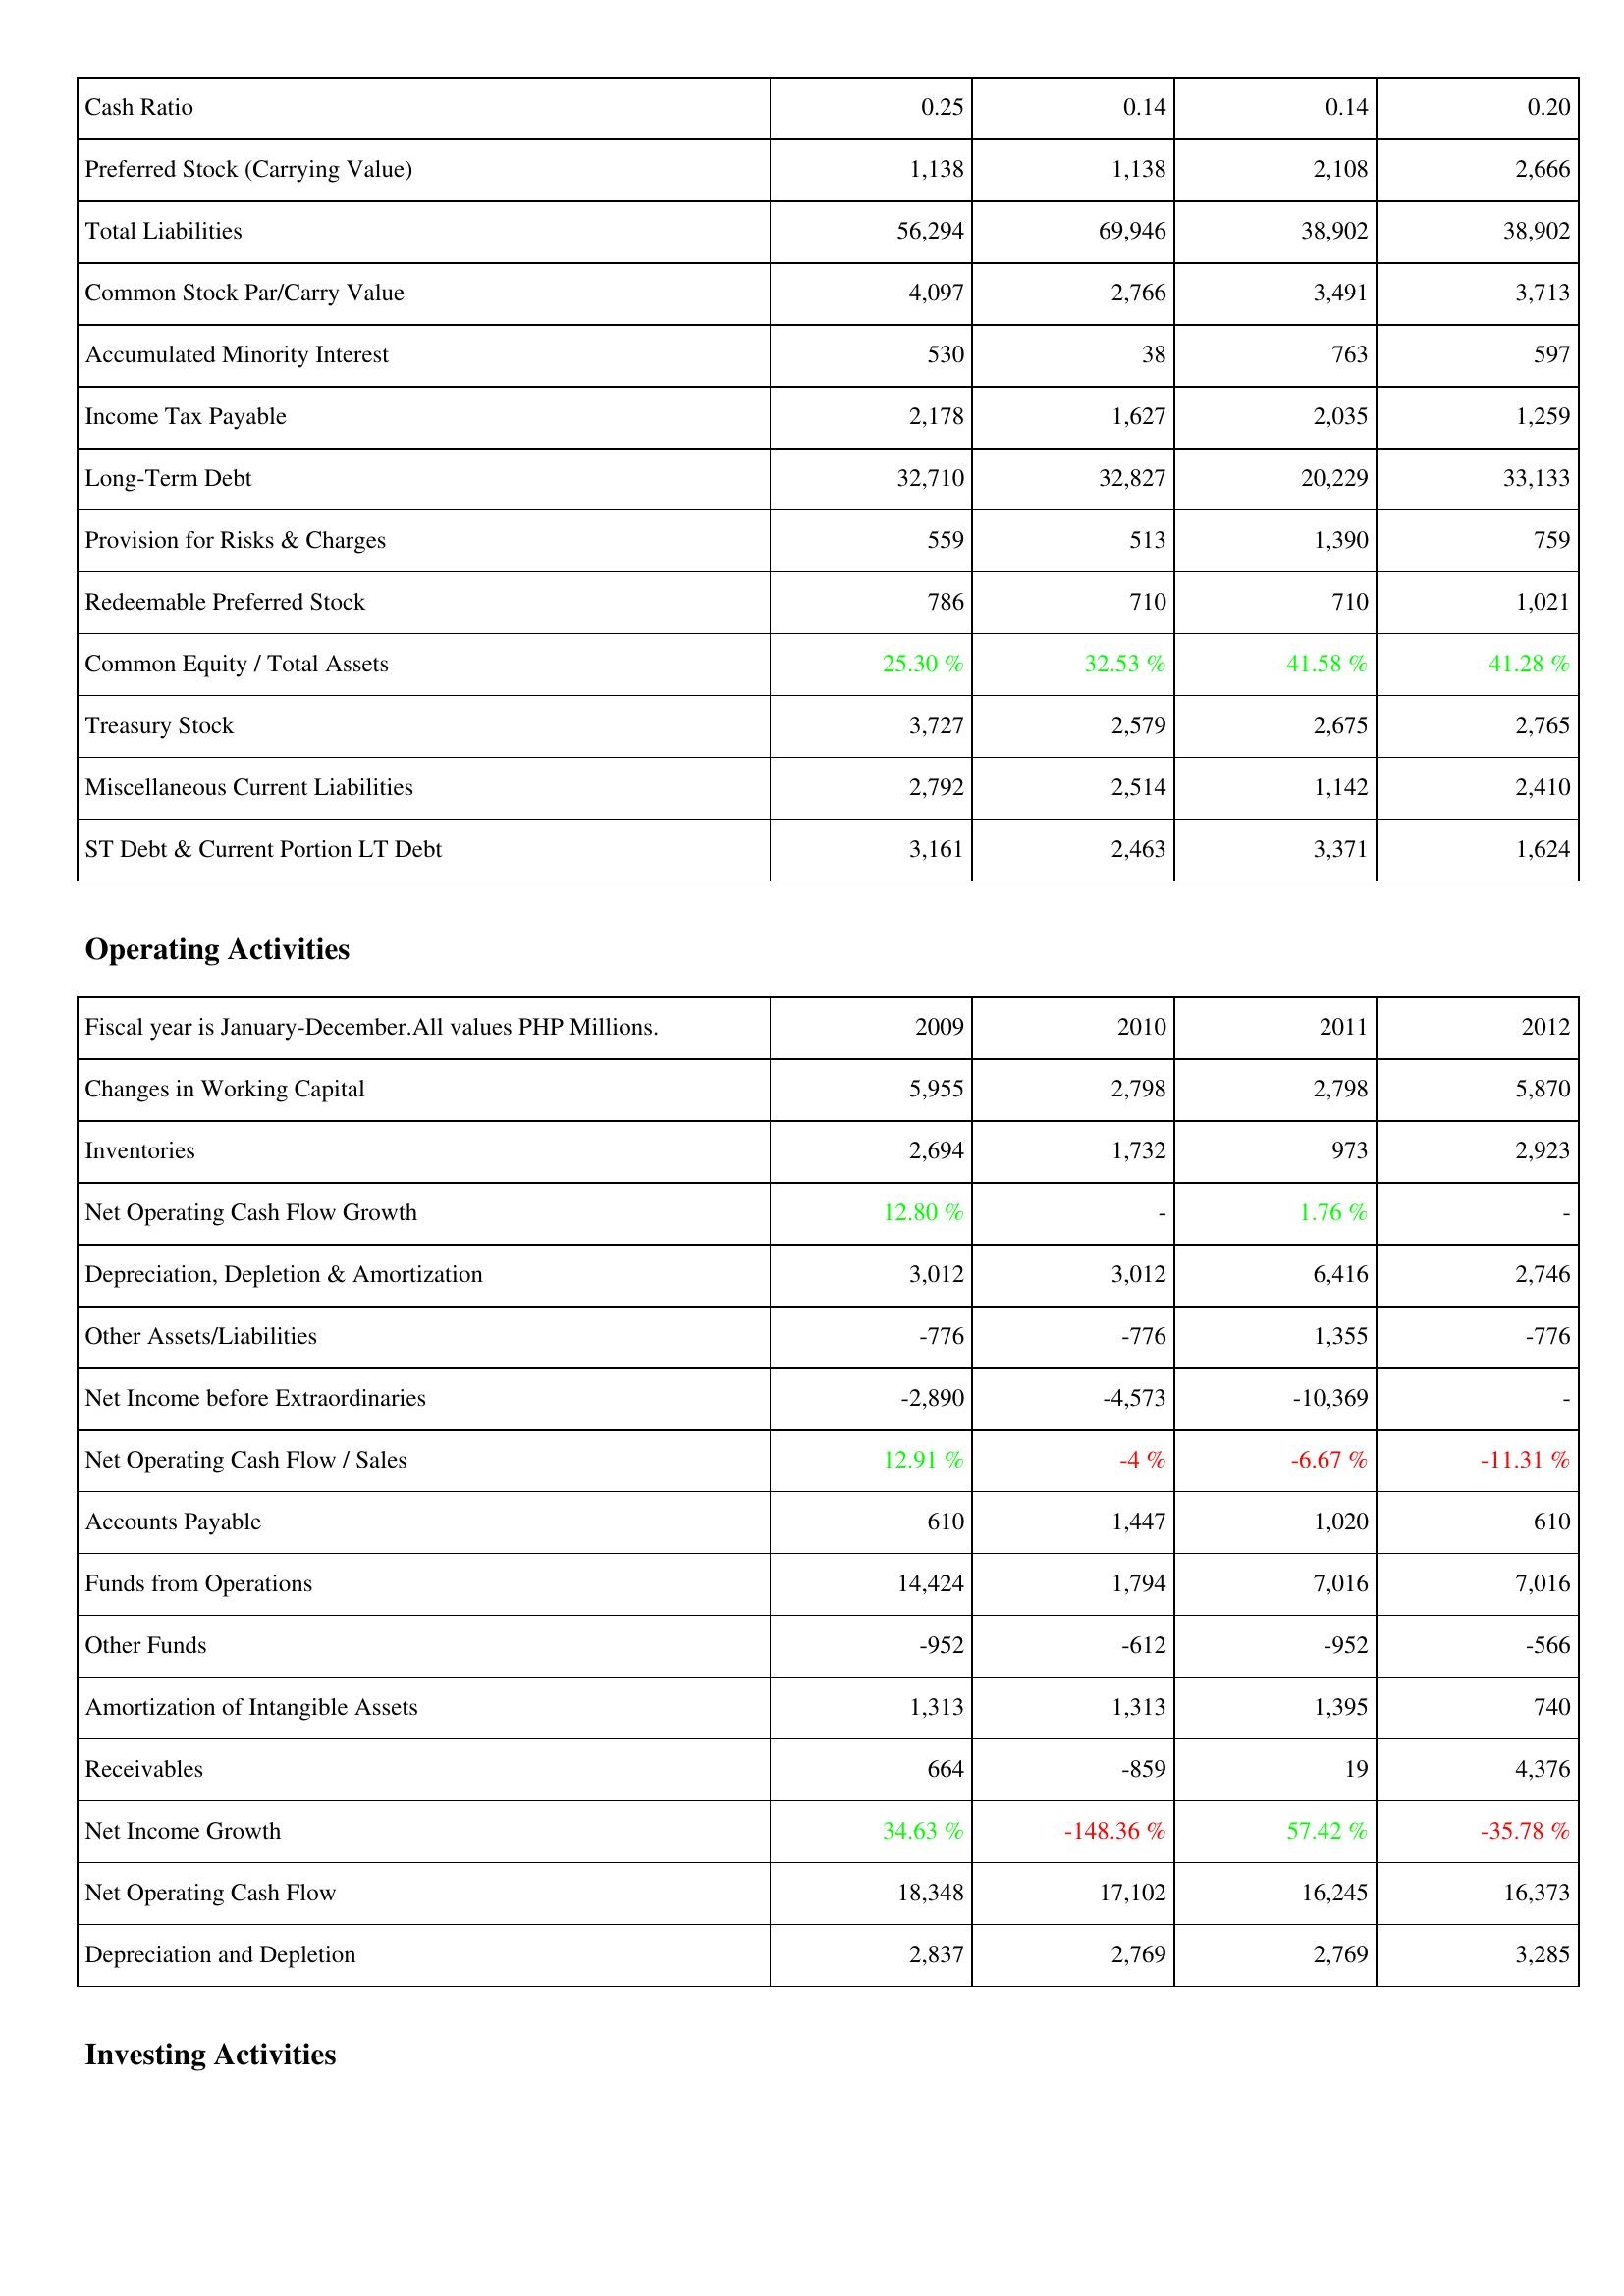
2009: Liabilities & Shareholders' Equity: Cash Ratio: 0.25
Preferred Stock (Carrying Value): 1,138
Total Liabilities: 56,294
Common Stock Par/Carry Value: 4,097
Accumulated Minority Interest: 530
Income Tax Payable: 2,178
Long-Term Debt: 32,710
Provision for Risks & Charges: 559
Redeemable Preferred Stock: 786
Common Equity / Total Assets: 25.30 %
Treasury Stock: 3,727
Miscellaneous Current Liabilities: 2,792
ST Debt & Current Portion LT Debt: 3,161
Operating Activities: Changes in Working Capital: 5,955
Inventories: 2,694
Net Operating Cash Flow Growth: 12.80 %
Depreciation, Depletion & Amortization: 3,012
Other Assets/Liabilities: -776
Net Income before Extraordinaries: -2,890
Net Operating Cash Flow / Sales: 12.91 %
Accounts Payable: 610
Funds from Operations: 14,424
Other Funds: -952
Amortization of Intangible Assets: 1,313
Receivables: 664
Net Income Growth: 34.63 %
Net Operating Cash Flow: 18,348
Depreciation and Depletion: 2,837
2010: Liabilities & Shareholders' Equity: Cash Ratio: 0.14
Preferred Stock (Carrying Value): 1,138
Total Liabilities: 69,946
Common Stock Par/Carry Value: 2,766
Accumulated Minority Interest: 38
Income Tax Payable: 1,627
Long-Term Debt: 32,827
Provision for Risks & Charges: 513
Redeemable Preferred Stock: 710
Common Equity / Total Assets: 32.53 %
Treasury Stock: 2,579
Miscellaneous Current Liabilities: 2,514
ST Debt & Current Portion LT Debt: 2,463
Operating Activities: Changes in Working Capital: 2,798
Inventories: 1,732
Net Operating Cash Flow Growth: -
Depreciation, Depletion & Amortization: 3,012
Other Assets/Liabilities: -776
Net Income before Extraordinaries: -4,573
Net Operating Cash Flow / Sales: -4 %
Accounts Payable: 1,447
Funds from Operations: 1,794
Other Funds: -612
Amortization of Intangible Assets: 1,313
Receivables: -859
Net Income Growth: -148.36 %
Net Operating Cash Flow: 17,102
Depreciation and Depletion: 2,769
2011: Liabilities & Shareholders' Equity: Cash Ratio: 0.14
Preferred Stock (Carrying Value): 2,108
Total Liabilities: 38,902
Common Stock Par/Carry Value: 3,491
Accumulated Minority Interest: 763
Income Tax Payable: 2,035
Long-Term Debt: 20,229
Provision for Risks & Charges: 1,390
Redeemable Preferred Stock: 710
Common Equity / Total Assets: 41.58 %
Treasury Stock: 2,675
Miscellaneous Current Liabilities: 1,142
ST Debt & Current Portion LT Debt: 3,371
Operating Activities: Changes in Working Capital: 2,798
Inventories: 973
Net Operating Cash Flow Growth: 1.76 %
Depreciation, Depletion & Amortization: 6,416
Other Assets/Liabilities: 1,355
Net Income before Extraordinaries: -10,369
Net Operating Cash Flow / Sales: -6.67 %
Accounts Payable: 1,020
Funds from Operations: 7,016
Other Funds: -952
Amortization of Intangible Assets: 1,395
Receivables: 19
Net Income Growth: 57.42 %
Net Operating Cash Flow: 16,245
Depreciation and Depletion: 2,769
2012: Liabilities & Shareholders' Equity: Cash Ratio: 0.20
Preferred Stock (Carrying Value): 2,666
Total Liabilities: 38,902
Common Stock Par/Carry Value: 3,713
Accumulated Minority Interest: 597
Income Tax Payable: 1,259
Long-Term Debt: 33,133
Provision for Risks & Charges: 759
Redeemable Preferred Stock: 1,021
Common Equity / Total Assets: 41.28 %
Treasury Stock: 2,765
Miscellaneous Current Liabilities: 2,410
ST Debt & Current Portion LT Debt: 1,624
Operating Activities: Changes in Working Capital: 5,870
Inventories: 2,923
Net Operating Cash Flow Growth: -
Depreciation, Depletion & Amortization: 2,746
Other Assets/Liabilities: -776
Net Income before Extraordinaries: -
Net Operating Cash Flow / Sales: -11.31 %
Accounts Payable: 610
Funds from Operations: 7,016
Other Funds: -566
Amortization of Intangible Assets: 740
Receivables: 4,376
Net Income Growth: -35.78 %
Net Operating Cash Flow: 16,373
Depreciation and Depletion: 3,285